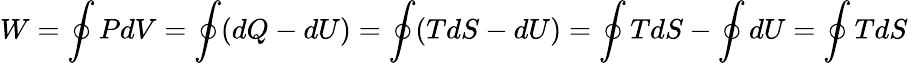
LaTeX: W=\oint PdV=\oint(dQ-dU)=\oint(TdS-dU)=\oint TdS-\oint dU=\oint TdS